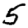
Digit: 5